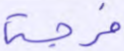
فرجة